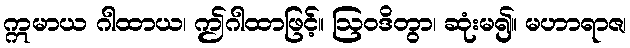
ဣမာယ ဂါထာယ၊ ဤဂါထာဖြင့်။ ဩဝဒိတွာ၊ ဆုံးမ၍။ မဟာရာဇ၊